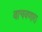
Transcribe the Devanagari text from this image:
वाचवणारा